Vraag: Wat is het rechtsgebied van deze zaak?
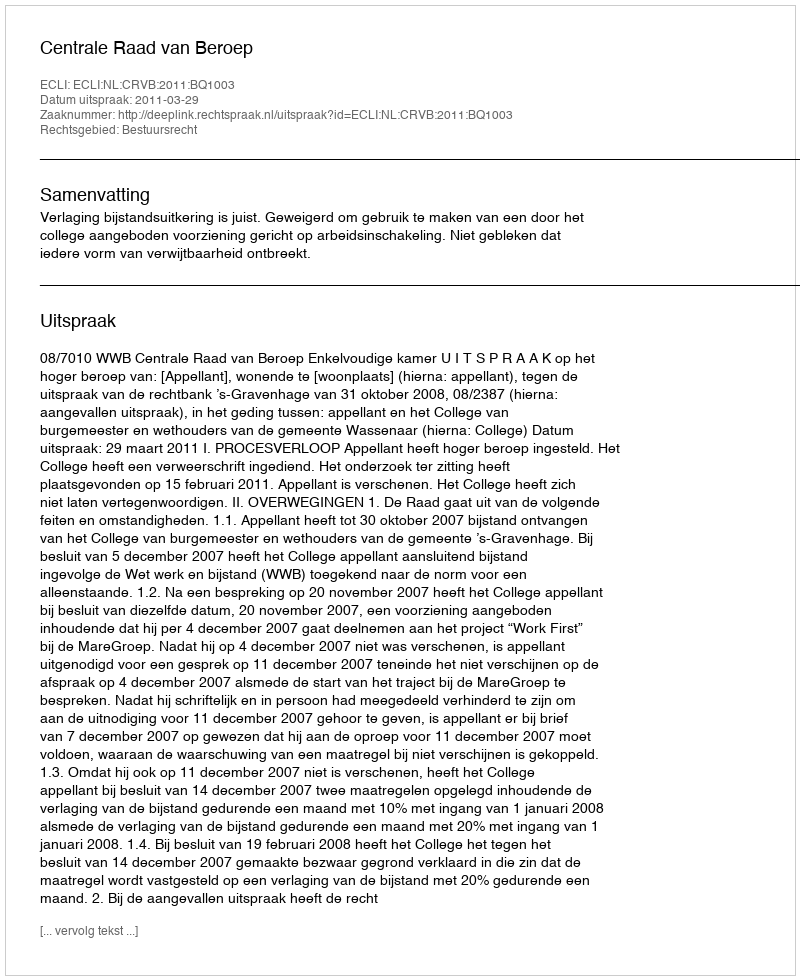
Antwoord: Bestuursrecht